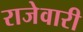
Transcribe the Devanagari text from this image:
राजेवारी